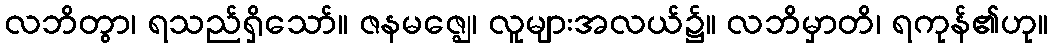
လဘိတွာ၊ ရသည်ရှိသော်။ ဇနမဇ္ဈေ၊ လူများအလယ်၌။ လဘိမှာတိ၊ ရကုန်၏ဟု။